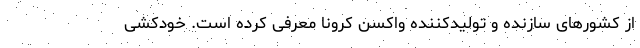
از کشورهای سازنده و تولیدکننده واکسن کرونا معرفی کرده است. خودکشی